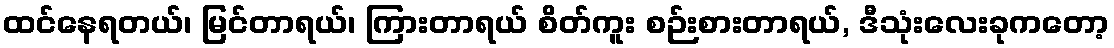
ထင်နေရတယ်၊ မြင်တာရယ်၊ ကြားတာရယ် စိတ်ကူး စဉ်းစားတာရယ်, ဒီသုံးလေးခုကတော့